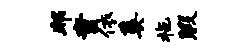
邦童依奚拖暇